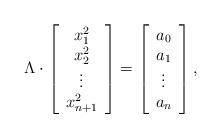
LaTeX: \begin{align*}\Lambda\cdot\left[\begin{array}{c}x_1^2\\x_2^2\\\vdots\\x_{n+1}^2\\\end{array}\right]=\left[\begin{array}{c}a_0\\a_{1}\\\vdots\\a_n\\\end{array}\right],\end{align*}